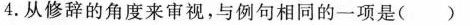
4.从修辞的角度来审视，与例句相同的一项是( )